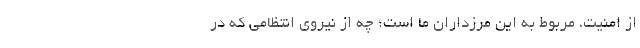
از امنیت، مربوط به این مرزداران ما است؛ چه از نیروی انتظامی که در